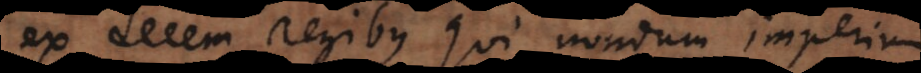
ex decem regibus qui nondum imperium